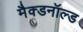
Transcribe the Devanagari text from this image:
मैक्डनॉल्ड